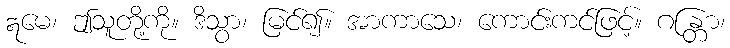
ဣမေ၊ ဤသူတို့ကို။ ဒိသွာ၊ မြင်၍။ အာကာသေ၊ ကောင်းကင်ဖြင့်။ ဂန္တြာ၊